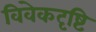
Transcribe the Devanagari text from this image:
विवेकदृष्टि